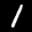
Label: 1